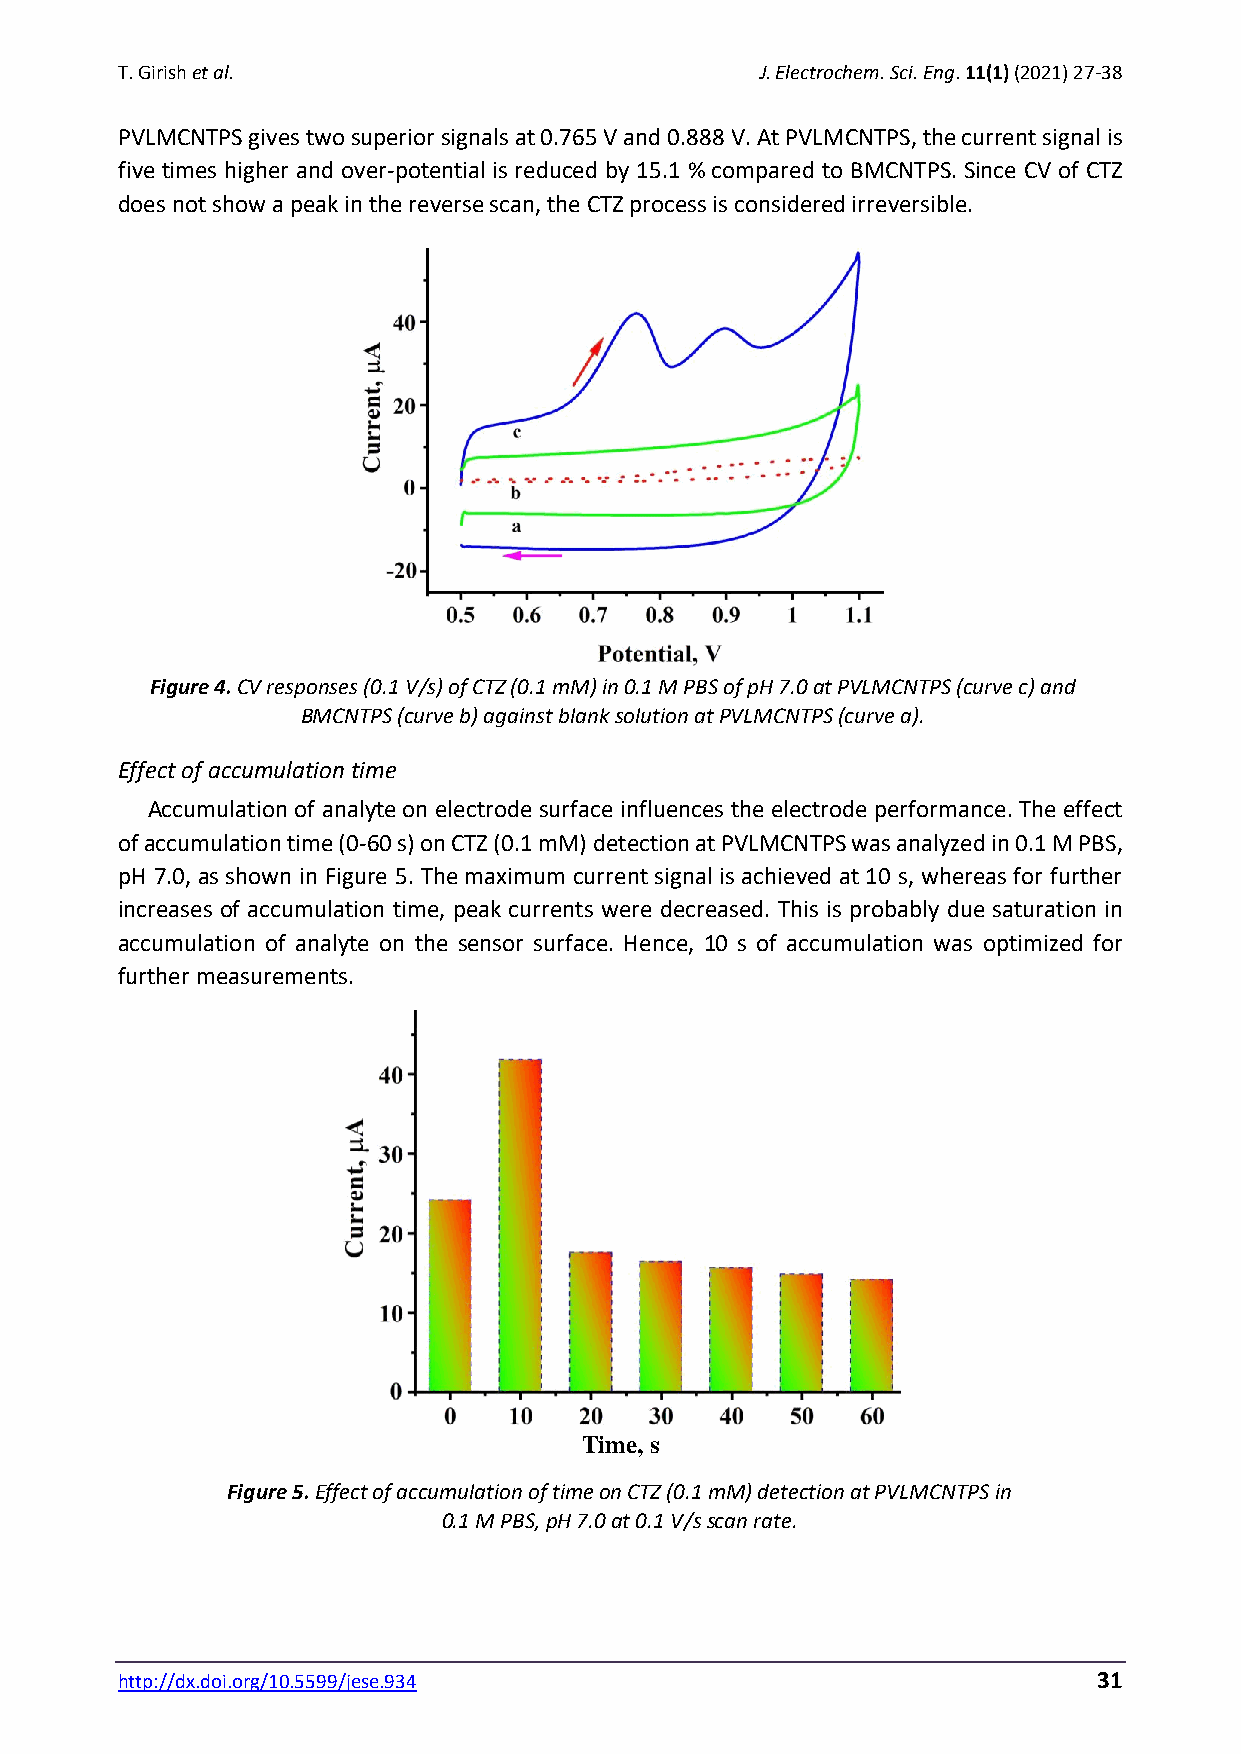
T. Girish et al.                          J. Electrochem. Sci. Eng. 11(1) (2021) 27-38
 PVLMCNTPS gives two superior signals at 0.765 V and 0.888 V. At PVLMCNTPS, the current signal is
 five times higher and over-potential is reduced by 15.1 % compared to BMCNTPS. Since CV of CTZ
 does not show a peak in the reverse scan, the CTZ process is considered irreversible.
 Figure 4. CV responses (0.1 V/s) of CTZ (0.1 mM) in 0.1 M PBS of pH 7.0 at PVLMCNTPS (curve c) and
 BMCNTPS (curve b) against blank solution at PVLMCNTPS (curve a).
 Effect of accumulation time
 Accumulation of analyte on electrode surface influences the electrode performance. The effect
 of accumulation time (0-60 s) on CTZ (0.1 mM) detection at PVLMCNTPS was analyzed in 0.1 M PBS,
 pH 7.0, as shown in Figure 5. The maximum current signal is achieved at 10 s, whereas for further
 increases of accumulation time, peak currents were decreased. This is probably due saturation in
 accumulation of analyte on the sensor surface. Hence, 10 s of accumulation was optimized for
 further measurements.
 Time, s
 Figure 5. Effect of accumulation of time on CTZ (0.1 mM) detection at PVLMCNTPS in
 0.1 M PBS, pH 7.0 at 0.1 V/s scan rate.
 http://dx.doi.org/10.5599/jese.934                               31